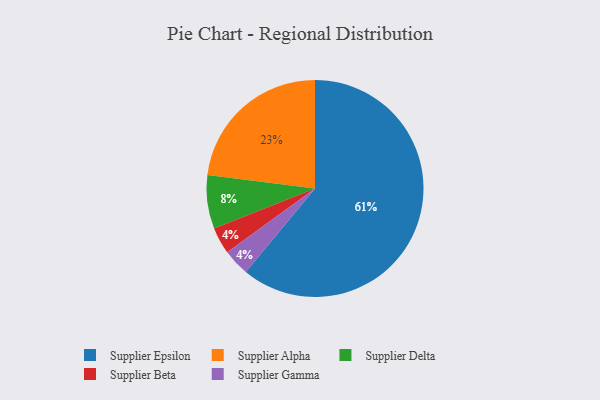
{"axis": {"x": "Category", "y": "Percentage"}, "legend": ["Supplier Alpha", "Supplier Beta", "Supplier Delta", "Supplier Epsilon", "Supplier Gamma"], "data": [{"x": "Supplier Epsilon", "y": 61, "type": "Supplier Epsilon"}, {"x": "Supplier Alpha", "y": 23, "type": "Supplier Alpha"}, {"x": "Supplier Beta", "y": 4, "type": "Supplier Beta"}, {"x": "Supplier Gamma", "y": 4, "type": "Supplier Gamma"}, {"x": "Supplier Delta", "y": 8, "type": "Supplier Delta"}]}